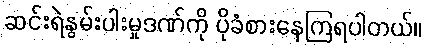
ဆင်းရဲနွမ်းပါးမှုဒဏ်ကို ပိုခံစားနေကြရပါတယ်။